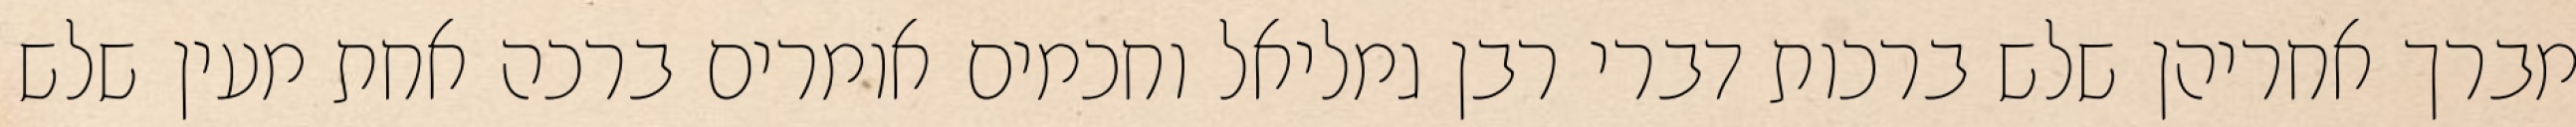
מברך אחריהן שלש ברכות דברי רבן גמליאל וחכמים אומרים ברכה אחת מעין שלש